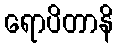
ရောပိတာနိ